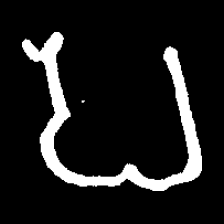
Pyu character \u2014 Myanmar letter: ပ (romanized: pa)